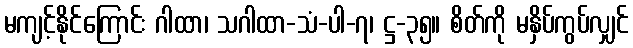
မကျင့်နိုင်ကြောင်း ဂါထာ၊ သဂါထာ-သံ-ပါ-၇၊ ဋ္ဌ-၃၅။ စိတ်ကို မနှိပ်ကွပ်လျှင်